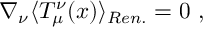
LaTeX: \nabla _ { \nu } \langle T _ { \mu } ^ { \nu } ( x ) \rangle _ { R e n . } = 0 \ ,